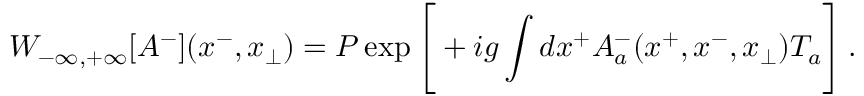
{ \cal W } _ { - \infty , + \infty } [ A ^ { - } ] ( x ^ { - } , x _ { \perp } ) = { \cal P } \exp \Bigg [ + i g \int d x ^ { + } A _ { a } ^ { - } ( x ^ { + } , x ^ { - } , x _ { \perp } ) T _ { a } \Bigg ] \, .